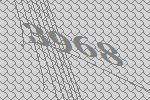
3968